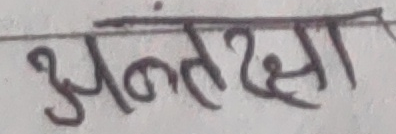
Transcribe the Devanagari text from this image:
अंतरिक्षा